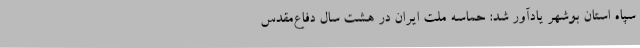
سپاه استان بوشهر یادآور شد: حماسه ملت ایران در هشت سال دفاع‌مقدس